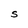
Character: S